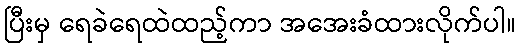
ပြီးမှ ရေခဲရေထဲထည့်ကာ အအေးခံထားလိုက်ပါ။